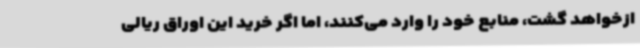
ازخواهد گشت، منابع خود را وارد می‌کنند، اما اگر خرید این اوراق ریالی